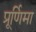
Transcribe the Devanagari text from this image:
प्रूर्णिमा